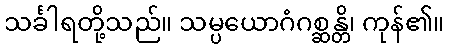
သင်္ခါရတို့သည်။ သမ္ပယောဂံဂစ္ဆန္တိ၊ ကုန်၏။